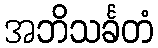
အဘိသင်္ခတံ